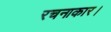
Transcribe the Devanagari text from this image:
रचनाकार।